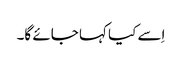
اِسے کیا کہا جائے گا۔